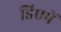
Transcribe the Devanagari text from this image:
डिएपें